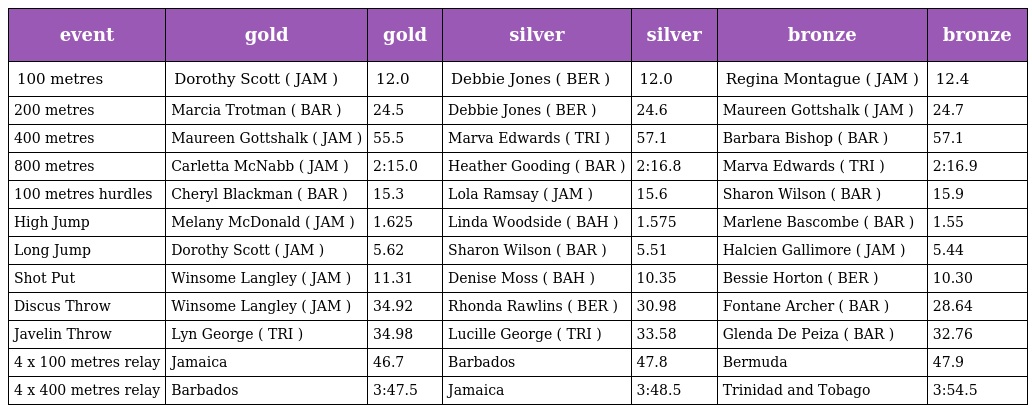
| event | gold | gold | silver | silver | bronze | bronze |
 | --- | --- | --- | --- | --- | --- | --- |
 | 100 metres | Dorothy Scott ( JAM ) | 12.0 | Debbie Jones ( BER ) | 12.0 | Regina Montague ( JAM ) | 12.4 |
 | 200 metres | Marcia Trotman ( BAR ) | 24.5 | Debbie Jones ( BER ) | 24.6 | Maureen Gottshalk ( JAM ) | 24.7 |
 | 400 metres | Maureen Gottshalk ( JAM ) | 55.5 | Marva Edwards ( TRI ) | 57.1 | Barbara Bishop ( BAR ) | 57.1 |
 | 800 metres | Carletta McNabb ( JAM ) | 2:15.0 | Heather Gooding ( BAR ) | 2:16.8 | Marva Edwards ( TRI ) | 2:16.9 |
 | 100 metres hurdles | Cheryl Blackman ( BAR ) | 15.3 | Lola Ramsay ( JAM ) | 15.6 | Sharon Wilson ( BAR ) | 15.9 |
 | High Jump | Melany McDonald ( JAM ) | 1.625 | Linda Woodside ( BAH ) | 1.575 | Marlene Bascombe ( BAR ) | 1.55 |
 | Long Jump | Dorothy Scott ( JAM ) | 5.62 | Sharon Wilson ( BAR ) | 5.51 | Halcien Gallimore ( JAM ) | 5.44 |
 | Shot Put | Winsome Langley ( JAM ) | 11.31 | Denise Moss ( BAH ) | 10.35 | Bessie Horton ( BER ) | 10.30 |
 | Discus Throw | Winsome Langley ( JAM ) | 34.92 | Rhonda Rawlins ( BER ) | 30.98 | Fontane Archer ( BAR ) | 28.64 |
 | Javelin Throw | Lyn George ( TRI ) | 34.98 | Lucille George ( TRI ) | 33.58 | Glenda De Peiza ( BAR ) | 32.76 |
 | 4 x 100 metres relay | Jamaica | 46.7 | Barbados | 47.8 | Bermuda | 47.9 |
 | 4 x 400 metres relay | Barbados | 3:47.5 | Jamaica | 3:48.5 | Trinidad and Tobago | 3:54.5 |